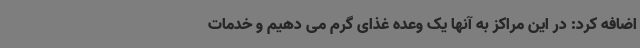
اضافه کرد: در این مراکز به آنها یک وعده غذای گرم می دهیم و خدمات